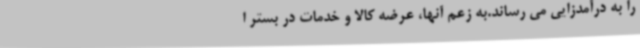
را به درآمدزایی می رساند.به زعم آنها، عرضه کالا و خدمات در بستر ا